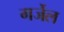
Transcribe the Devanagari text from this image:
गर्जेल